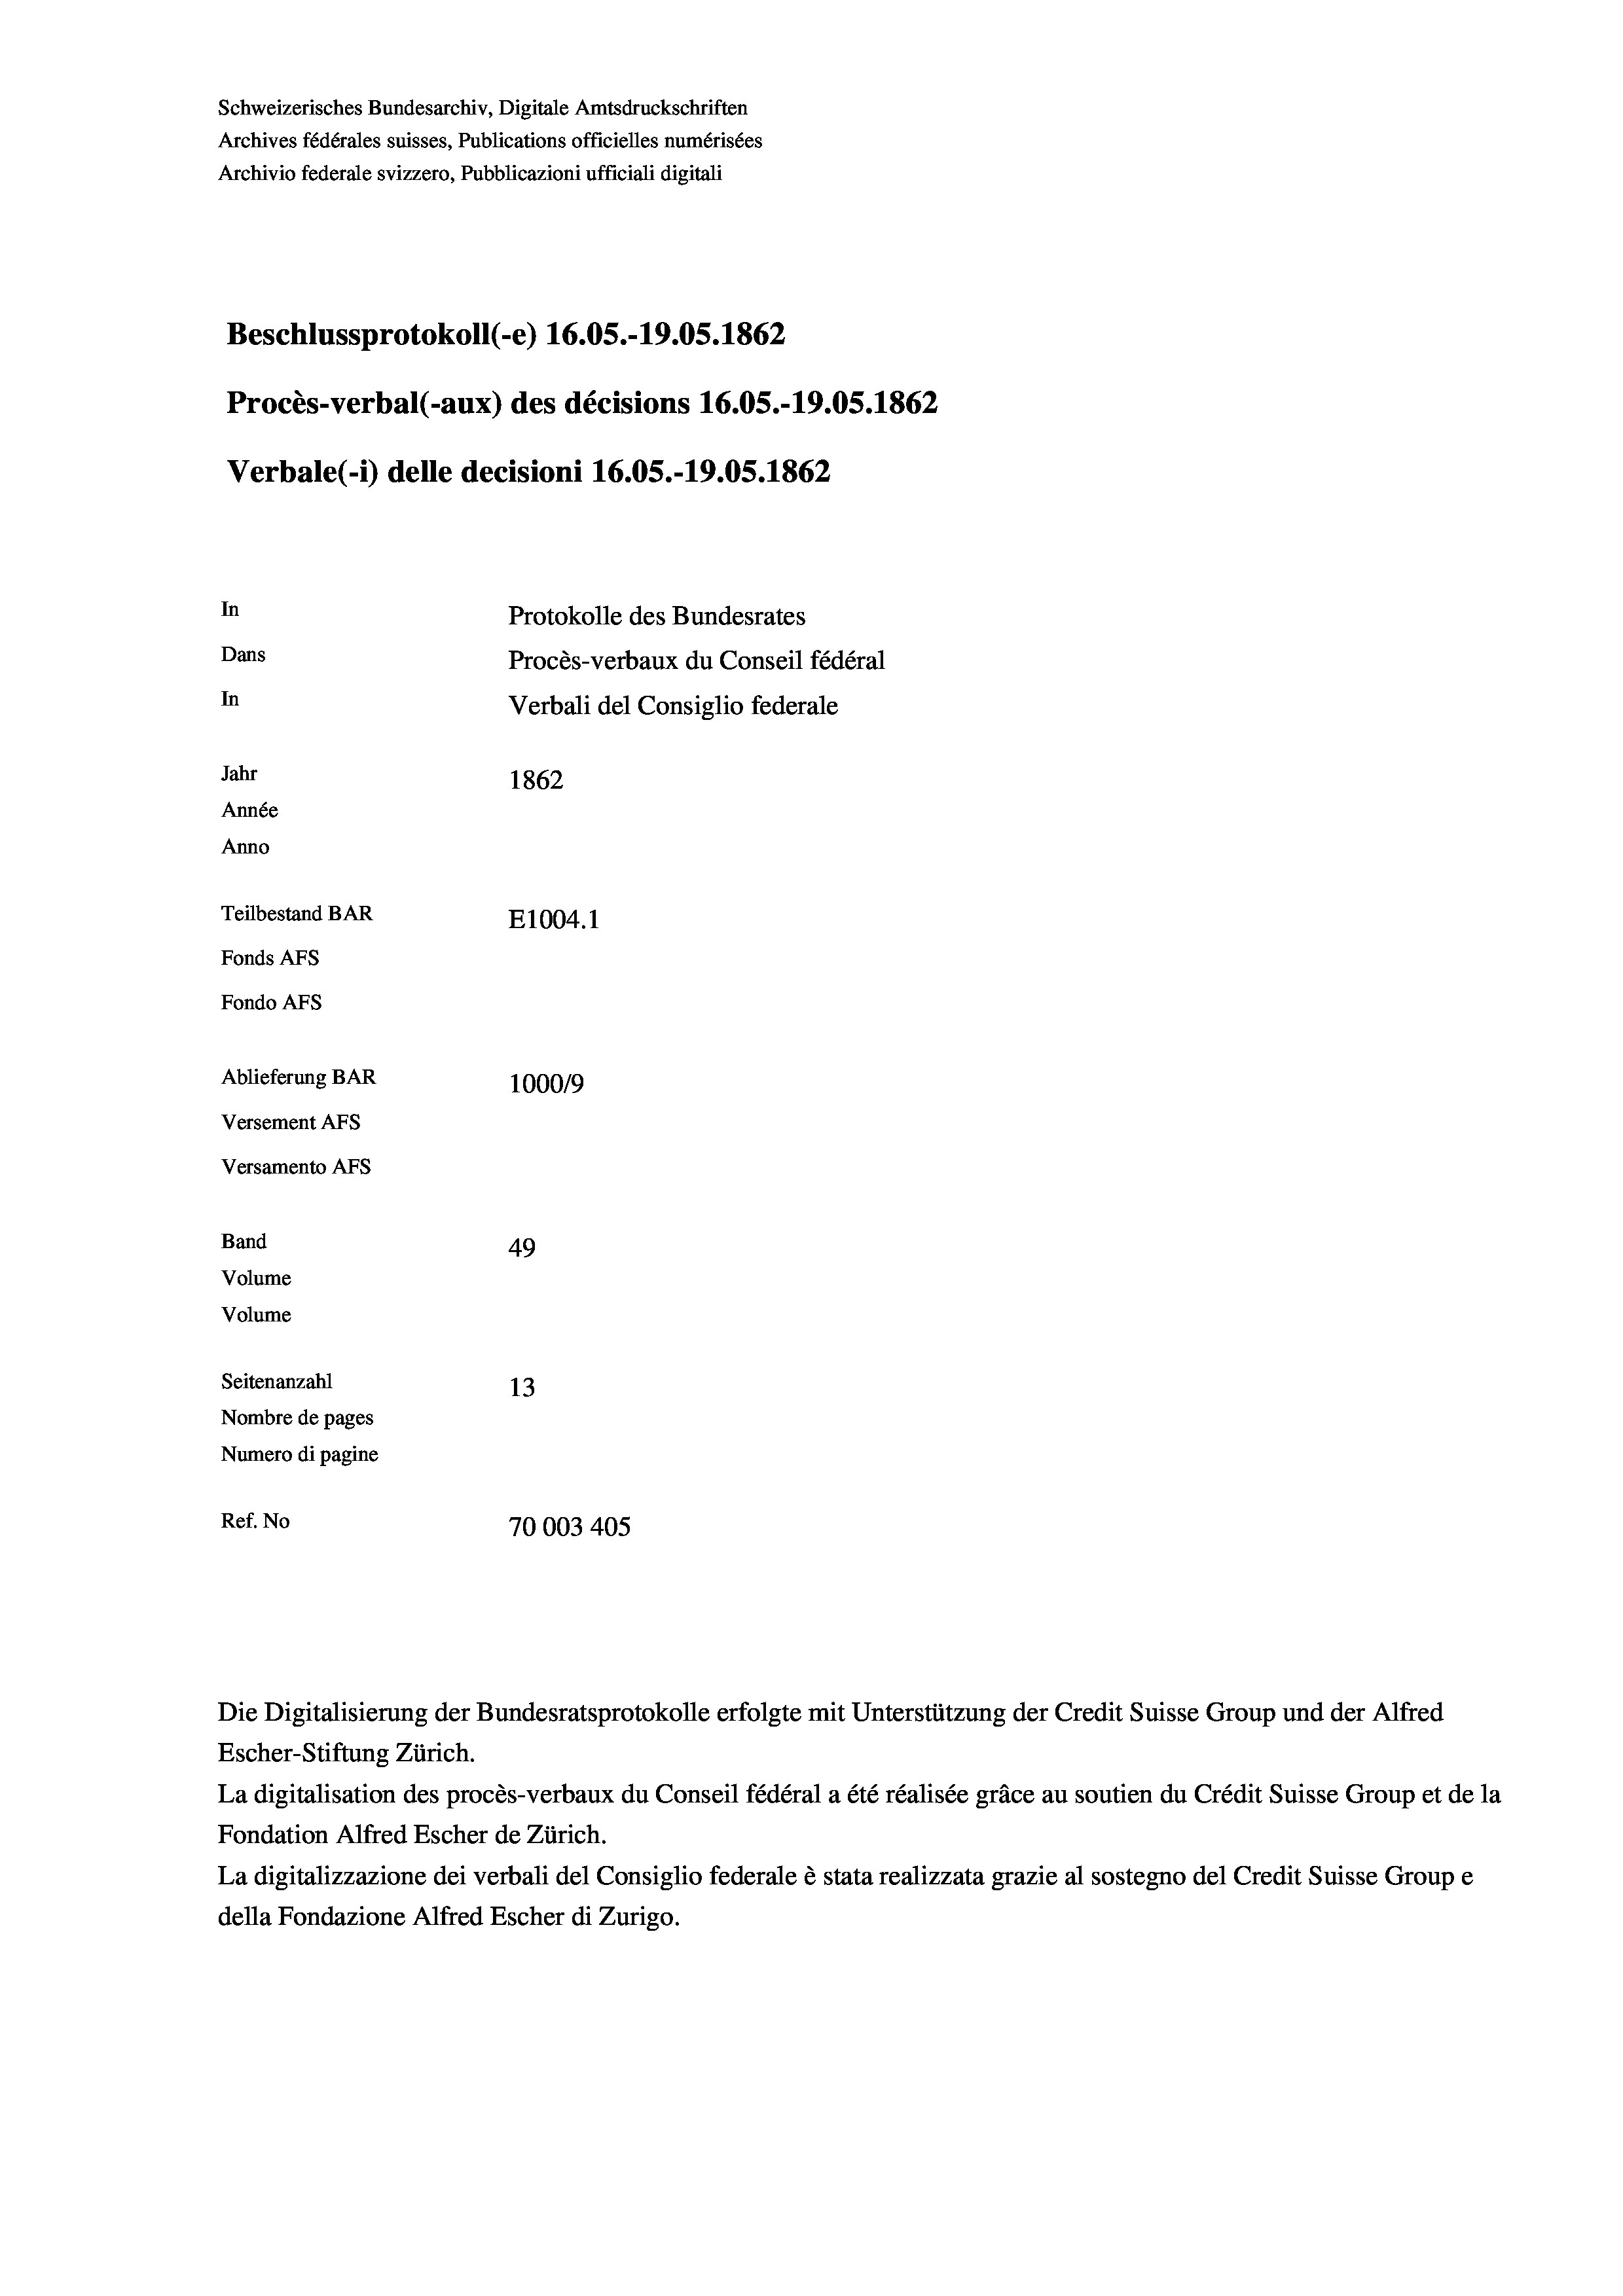
Schweizerisches Bundesarchiv, Digitale Amtsdruckschriften
Archives fédérales suisses, Publications officielles numérisées
Archivio federale svizzero, Pubblicazioni ufficiali digitali
Beschlussprotokoll (-e) 16.05.-19.05. 1862
Procès-verbal (-aux) des décisions 16.05.-19.05. 1862
Verbale (- 1) delle decisioni 16.05.-19.05. 1862
In
Protokolle des Bundesrates
Dans
Procès-verbaux du Conseil fédéral
In
Verbali del Consiglio federale
Jahr
1862
Année
Anno
Teilbestand BAR
E1004. 1
Fonds AFs
Fondo Afs
Ablieferung BAR
100019
Versement AFs
Versamento Afs
Band

49
13
Nombre de pages
Numero di pagine
Ref. No
70003 405

Volume

Volume
Seitenanzahl

Escher-Stiftung Zürich.
La digitalisation des procès-verbaux du Conseil fédéral a été réalisée gräce au soutien du Crédit Suisse Group et de la
Fondation Alfred Escher de Zürich.
La digitalizzazione dei verbali del Consiglio federale è stata realizzata grazie al sostegno del Credit Suisse Groupe
della Fondazione Alfred Escher di Zurigo.

Die Digitalisierung der Bundesratsprotokolle erfolgte mit Unterstützung der Credit Suisse Group und der Alfred